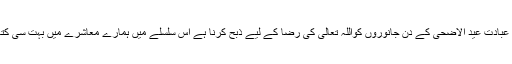
عبادات میں سے اہم عبادت عید الاضحیٰ کے دن جانوروں کواللہ تعالی کی رضا کے لیے ذبح کرنا ہے اس سلسلے میں ہمارے معاشرے میں بہت سی کتاہیاں پائی جاتی ہیں۔